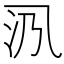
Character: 𱎃